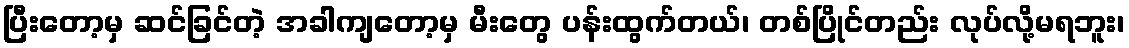
ပြီးတော့မှ ဆင်ခြင်တဲ့ အခါကျတော့မှ မီးတွေ ပန်းထွက်တယ်၊ တစ်ပြိုင်တည်း လုပ်လို့မရဘူး၊